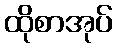
ထိုစာအုပ်